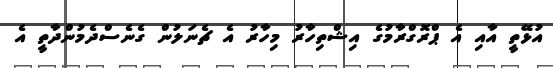
އުޅޭތީ އާއި އެ ޕްރޮގްރާމުގެ އިޝްތިހާރު މިހާރު އެ ޗެނަލުން ގެނެސްދެމުންދާތީ އެ